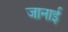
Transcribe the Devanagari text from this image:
जानाई